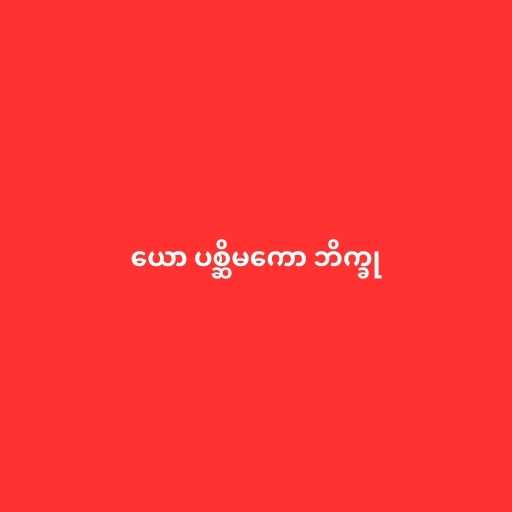
ယော ပစ္ဆိမကော ဘိက္ခု